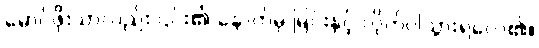
မောင်ဖိုးသာလည်း ၎င်း၏ နောက်မှ မြင်းနှင့် လိုက်ပါသွားရလေ၏။